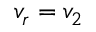
v _ { r } = v _ { 2 }